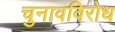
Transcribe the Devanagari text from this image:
चुनावविरोध